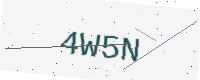
Text: 4W5N